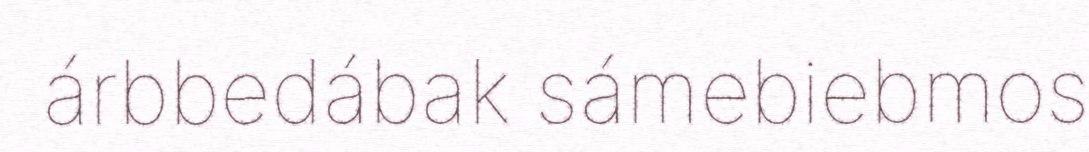
árbbedábak sámebiebmos